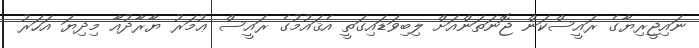
ނައިޖީރިޔާގެ ރައީސްކަން ޖޮނަތަންއަށް ލިބިވަޑައިގަތީ އެޤައުމުގެ ރައީސް ޢުމަރު ޔާރާދުއާ މިދިޔަ އަހަރު